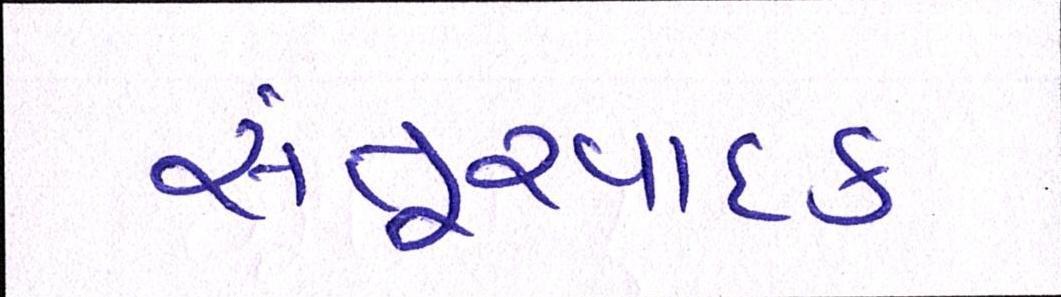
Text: સંતૂરવાદક